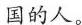
国的人。